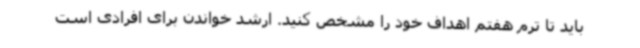
باید تا ترم هفتم اهداف خود را مشخص کنید. ارشد خواندن برای افرادی است